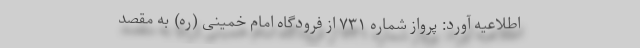
اطلاعیه آورد: پرواز شماره ۷۳۱ از فرودگاه امام خمینی (ره) به مقصد